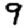
Digit: 9